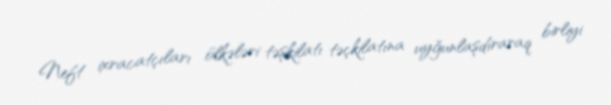
Neft ixracatçıları ölkələri təşkilatı təçkilatına uyğunlaşdıraraq birliyi